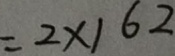
= 2 \times 1 6 2